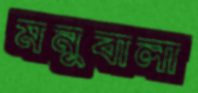
মনুবালা